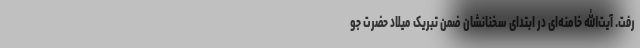
رفت. آیت‌الله خامنه‌ای در ابتدای سخنانشان ضمن تبریک میلاد حضرت جو